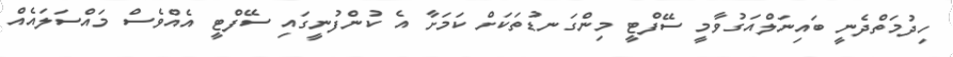
ހިދުމަތްދެނީ ބައިނަލްއަގުވާމީ ސޭފްޓީ މިންގަނޑުތަކަށް ކަމަށާ އެ ކުންފުނީގައި ސޭފްޓީ އެއްވެސް މައްސަލައެއް